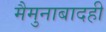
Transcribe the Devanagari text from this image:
मैमुनाबादही